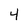
Character: 4